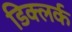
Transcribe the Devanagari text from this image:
डिक्लर्क